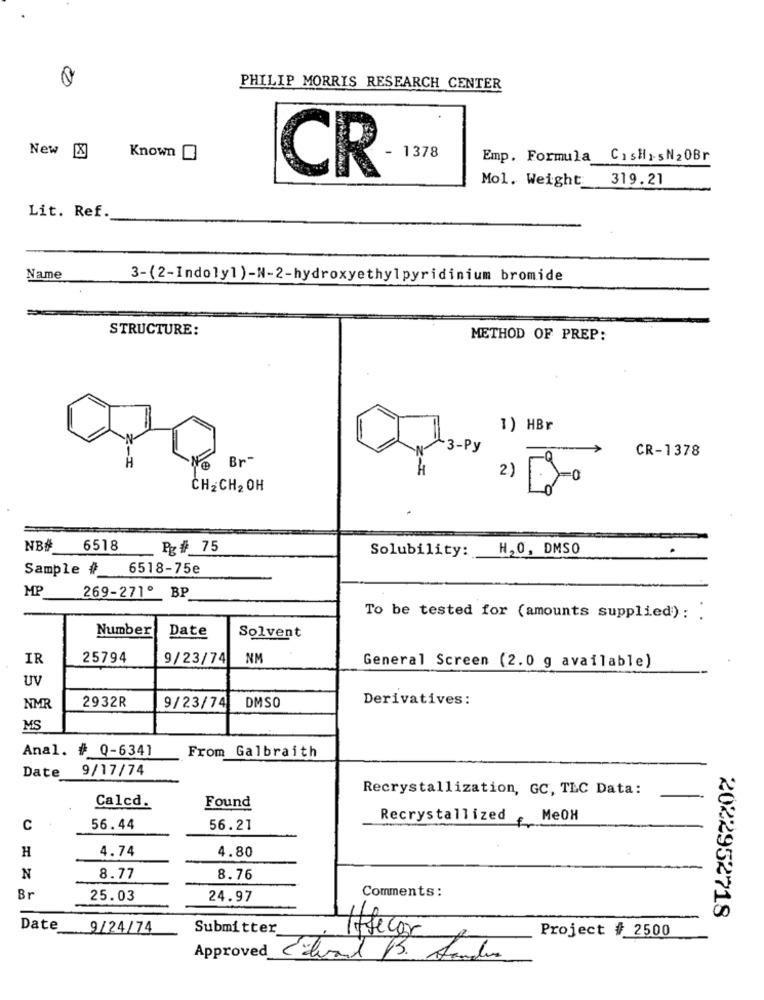
PHILIP MORRIS RESEARCH CENTER
New [&
Known
1378
Emp. Formula CisHisN20Br
CR
Mol. Weight 319.21
Lit. Ref.
Name
3-(2-Indolyl)-N-2-hydroxyethylpyridinium bromide
STRUCTURE:
METHOD OF PREP:
1) HBr
CR-1378
Ne Br-
2)
0
CH2CH2 OH
NB# 6518
Pg# 75
Solubility: H,0, DMSO
Sample #
6518-75e
MP
269-271º BP
To be tested for (amounts supplied): .
Number
Date
Solvent
IR
25794
9/23/74
NM
General Screen (2.0 g available)
UV
Derivatives:
NMR
2932R
9/23/74
DMSO
MS
Anal. # 0-6341
From Galbraith
9/17/74
Date
Recrystallization, GC, TLC Data:
Calcd.
Found
Recrystallized ,MeOH
C
56.44
56.21
H
4.74
4.80
N
8.77
8.76
Comments:
Br
25.03
24.97
2022952718
Date
9/24/74
Submitter
Affecor
Project # 2500
Approved